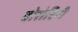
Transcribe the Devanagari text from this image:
वोरोदिनी